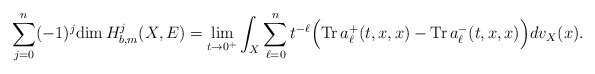
\begin{align*} \sum^n_{j=0}(-1)^j\mathrm{dim\,}H^j_{b,m}(X,E)=\lim_{t\rightarrow0^+}\int_X\sum^n_{\ell=0}t^{-\ell}\Bigr(\mathrm{Tr\,}a^+_\ell(t,x,x)-\mathrm{Tr\,}a^-_\ell(t,x,x)\Bigr)dv_X(x).\end{align*}